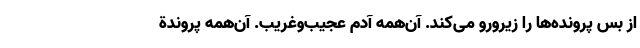
از بس پرونده‌ها را زیرورو می‌کند. آن‌همه آدم عجیب‌وغریب. آن‌همه پروندة